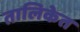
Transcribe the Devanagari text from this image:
तालिकेत